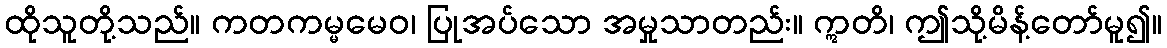
ထိုသူတို့သည်။ ကတကမ္မမေဝ၊ ပြုအပ်သော အမှုသာတည်း။ ဣတိ၊ ဤသို့မိန့်တော်မူ၍။